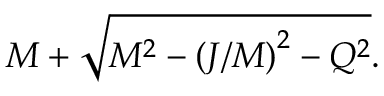
M + { \sqrt { M ^ { 2 } - { ( J / M ) } ^ { 2 } - Q ^ { 2 } } } .